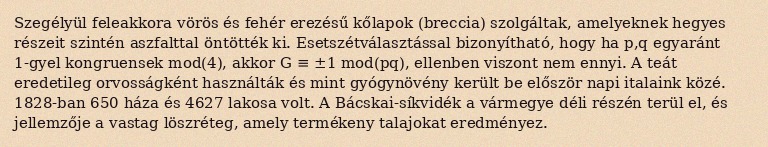
Szegélyül feleakkora vörös és fehér erezésű kőlapok (breccia) szolgáltak, amelyeknek hegyes részeit szintén aszfalttal öntötték ki. Esetszétválasztással bizonyítható, hogy ha p,q egyaránt 1-gyel kongruensek mod(4), akkor G ≡ ±1 mod(pq), ellenben viszont nem ennyi. A teát eredetileg orvosságként használták és mint gyógynövény került be először napi italaink közé. 1828-ban 650 háza és 4627 lakosa volt. A Bácskai-síkvidék a vármegye déli részén terül el, és jellemzője a vastag löszréteg, amely termékeny talajokat eredményez.